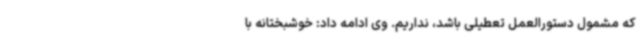
که مشمول دستورالعمل تعطیلی باشد، نداریم. وی ادامه داد: خوشبختانه با